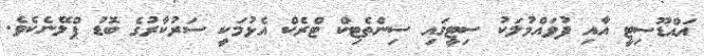
އައްޑޫސިޓީ އާއި ފުވައްމުލަކު ސިޓީގައި ސިންތެޓިކް ޓްރެކް އެޅުމަކީ ސަރުކާރުގެ ބޮޑު ޕްލޭނެކެވެ.